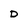
Character: D